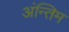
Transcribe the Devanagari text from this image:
अंन्‍तिम